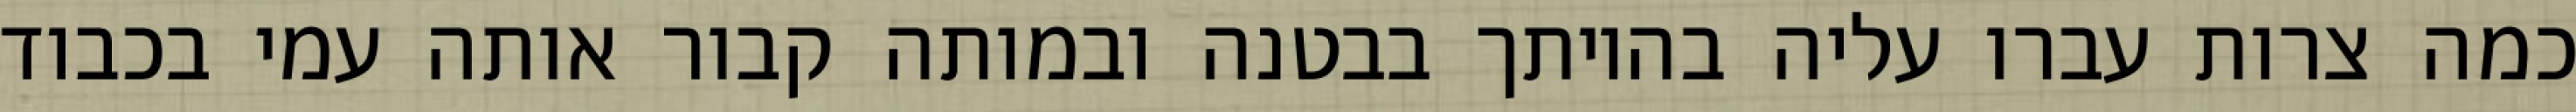
כמה צרות עברו עליה בהיותך בבטנה ובמותה קבור אותה עמי בכבוד